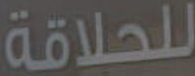
للحلاقة